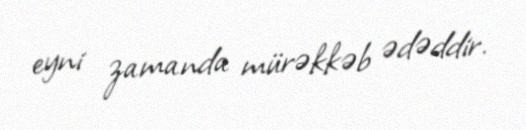
eyni zamanda mürəkkəb ədəddir.